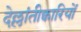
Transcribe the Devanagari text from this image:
देल्लांतीक्वारियों